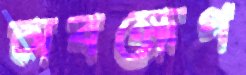
অবক্ষেপ